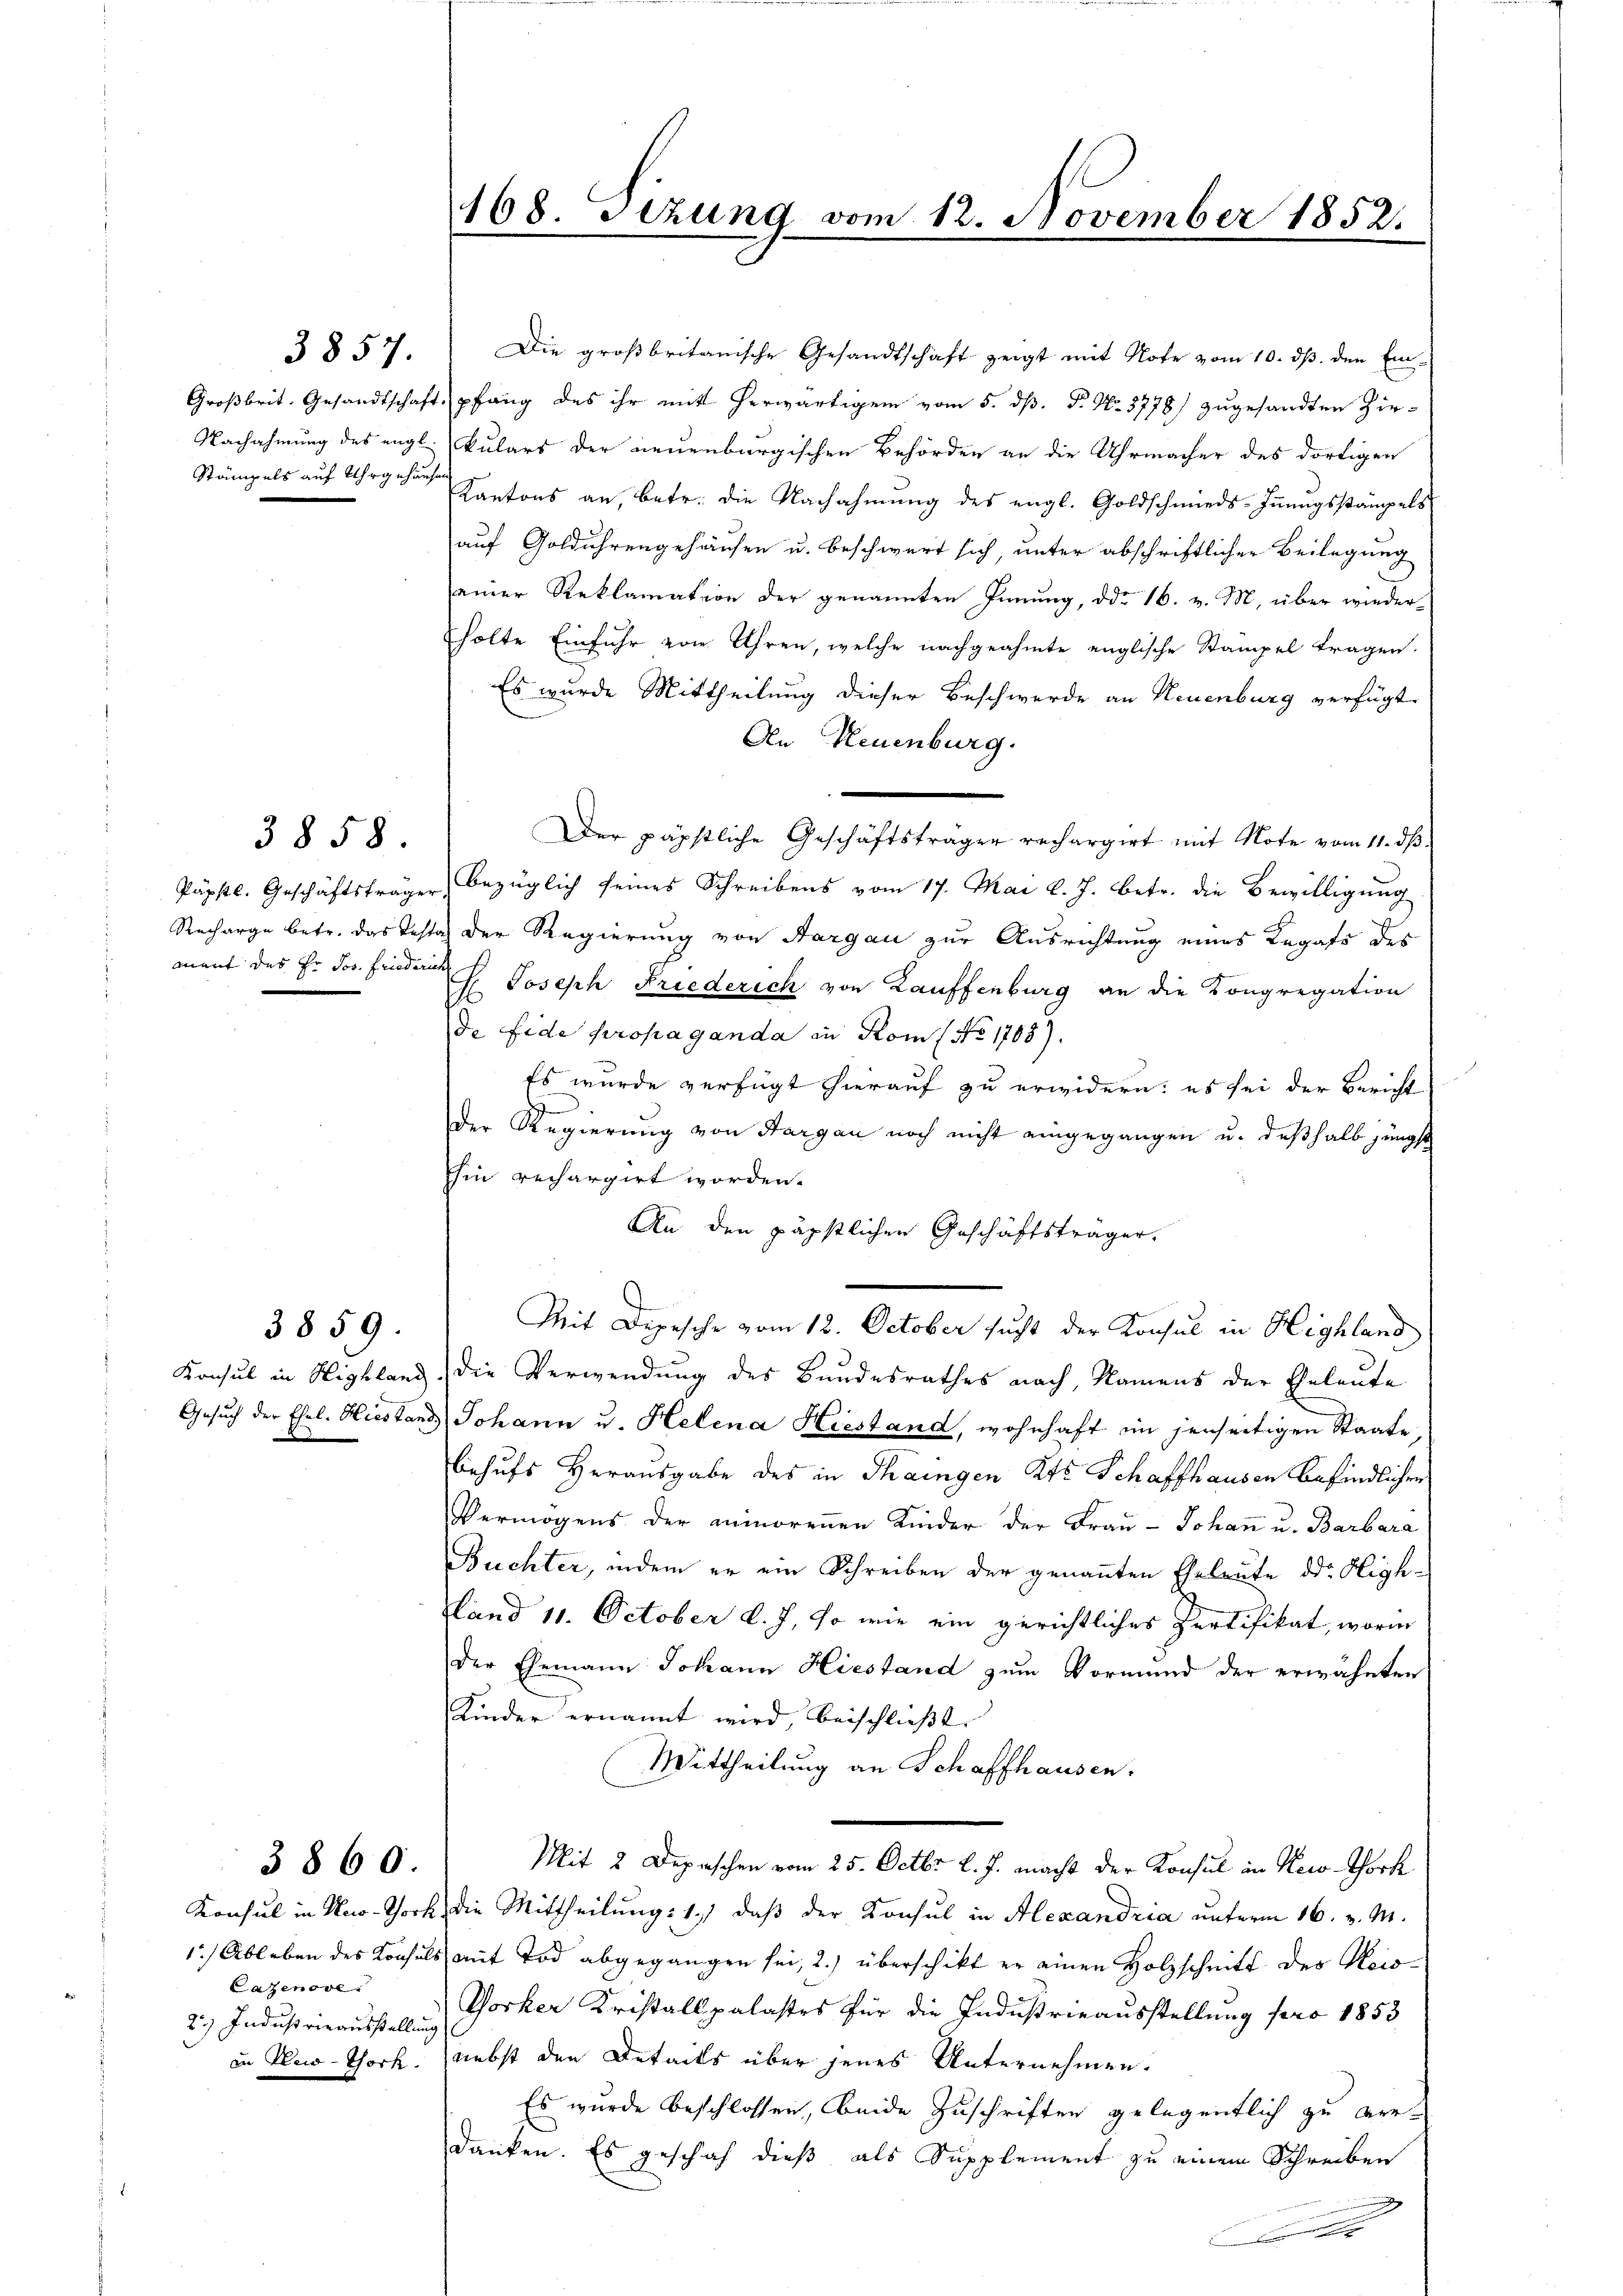
Stämpels auf Uhr gehörden

3857.

3858.

mnant des Hr. Jos. Friederich

3859.

Lazenove
2.) Industrieausstellung

3860.

Die großbritanische Gesandtschaft zeigt mit Note vom 10. ds. den Ein-
Großbrit. Gesandtschaft pfang des ihr mit herwärtigem vom 5. dß. P. Nr. 3778) zugesandten Zir-
Nachahmung des engl. kulars der neuenburgischen Behörden an die Uhrmacher des dortigen
Kantons an, betr. die Nachahmung des engl. Goldschmieds-Innungsstämpels
auf Goldührengehäusen u. beschwert sich, unter abschriftlicher Beilegung
einer Reklamation der genannten Innung, ddo 16. v. M. über wieder-
holte Einfuhr von Uhren, welche nachgeahmte englische Stampel tragen.
Es wurde Mittheilung dieser Beschwerde an Neuenburg verfügt
An Neuenburg.
Der päpstliche Geschäftsträger rechargirt mit Note vom 11. dβ.
Päpstl. Geschäftsträger, bezüglich seines Schreibens vom 17. Mai l. J. betr. die Bewilligung
Recharge betr. das Testa der Regierung von Aargau zur Ausrichtung eines Legats des
G. Joseph Friederich von Lauffenburg an die Kongregation
de fide propaganda in Rom ( No 1708).
Es wurde verfügt hierauf zu erwidern; es sei der Bericht
Der Regierung von Sargau noch nicht eingegangen u. deßhalb jüngst
Ihin rechargirt worden.
An den päpstlichen Geschäftsträger.
Mit Depesche vom 12. October sucht der Konsul in Highland
Konsul in Highland, die Verwendung des Bundesrathes nach, Namens der Eheleute
Gesuch der Ehel. Hiestand Johann u. Helena Hiestand, wohnhaft in jenseitigen Staate,
behufs Herausgabe des in Thaingen Kts. Schaffhausen befindlichen
Vermögens der aninorenen Kinder der Frau Johann u. Barbara
Buchter, indem er ein Schreiben der genannten Eheleute der High¬
Land 11. October l. J. so wie ein gerichtliches Zertifikat, worin
der Ehemann Johann Hiestand zum Vormund der erwähnten
Kinder ernannt wird, beischlieβt
Mittheilung an Schaffhausen.
Mit 2 Depeschen vom 25. Octbr. l. J. macht der Konsul in Neco. Schock
Konsul in Ner-Tock, die Mittheilung: 1.) daß der Konsul in Alexandria unterm 16. v. M.
1.) Ableben des Konsuls mit Tod abgegangen sei, 2.) überschikt er einen Holzschnitt des Meis¬
Vorker Kristalspalastes für die Industrieausstellung pro 1853
in Klei-Thork. nebst den Details über jenes Unternehmen.
Es wurde beschlossen, beide Zuschriften gelegentlich zu verdanken. Es geschah dieß als Supplement zu einem Schreiben
x

168. Sizung vom 12. November 1852.